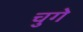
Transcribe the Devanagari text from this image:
चुगे